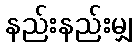
နည်းနည်းမျှ